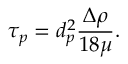
\tau _ { p } = d _ { p } ^ { 2 } \frac { \Delta \rho } { 1 8 \mu } .